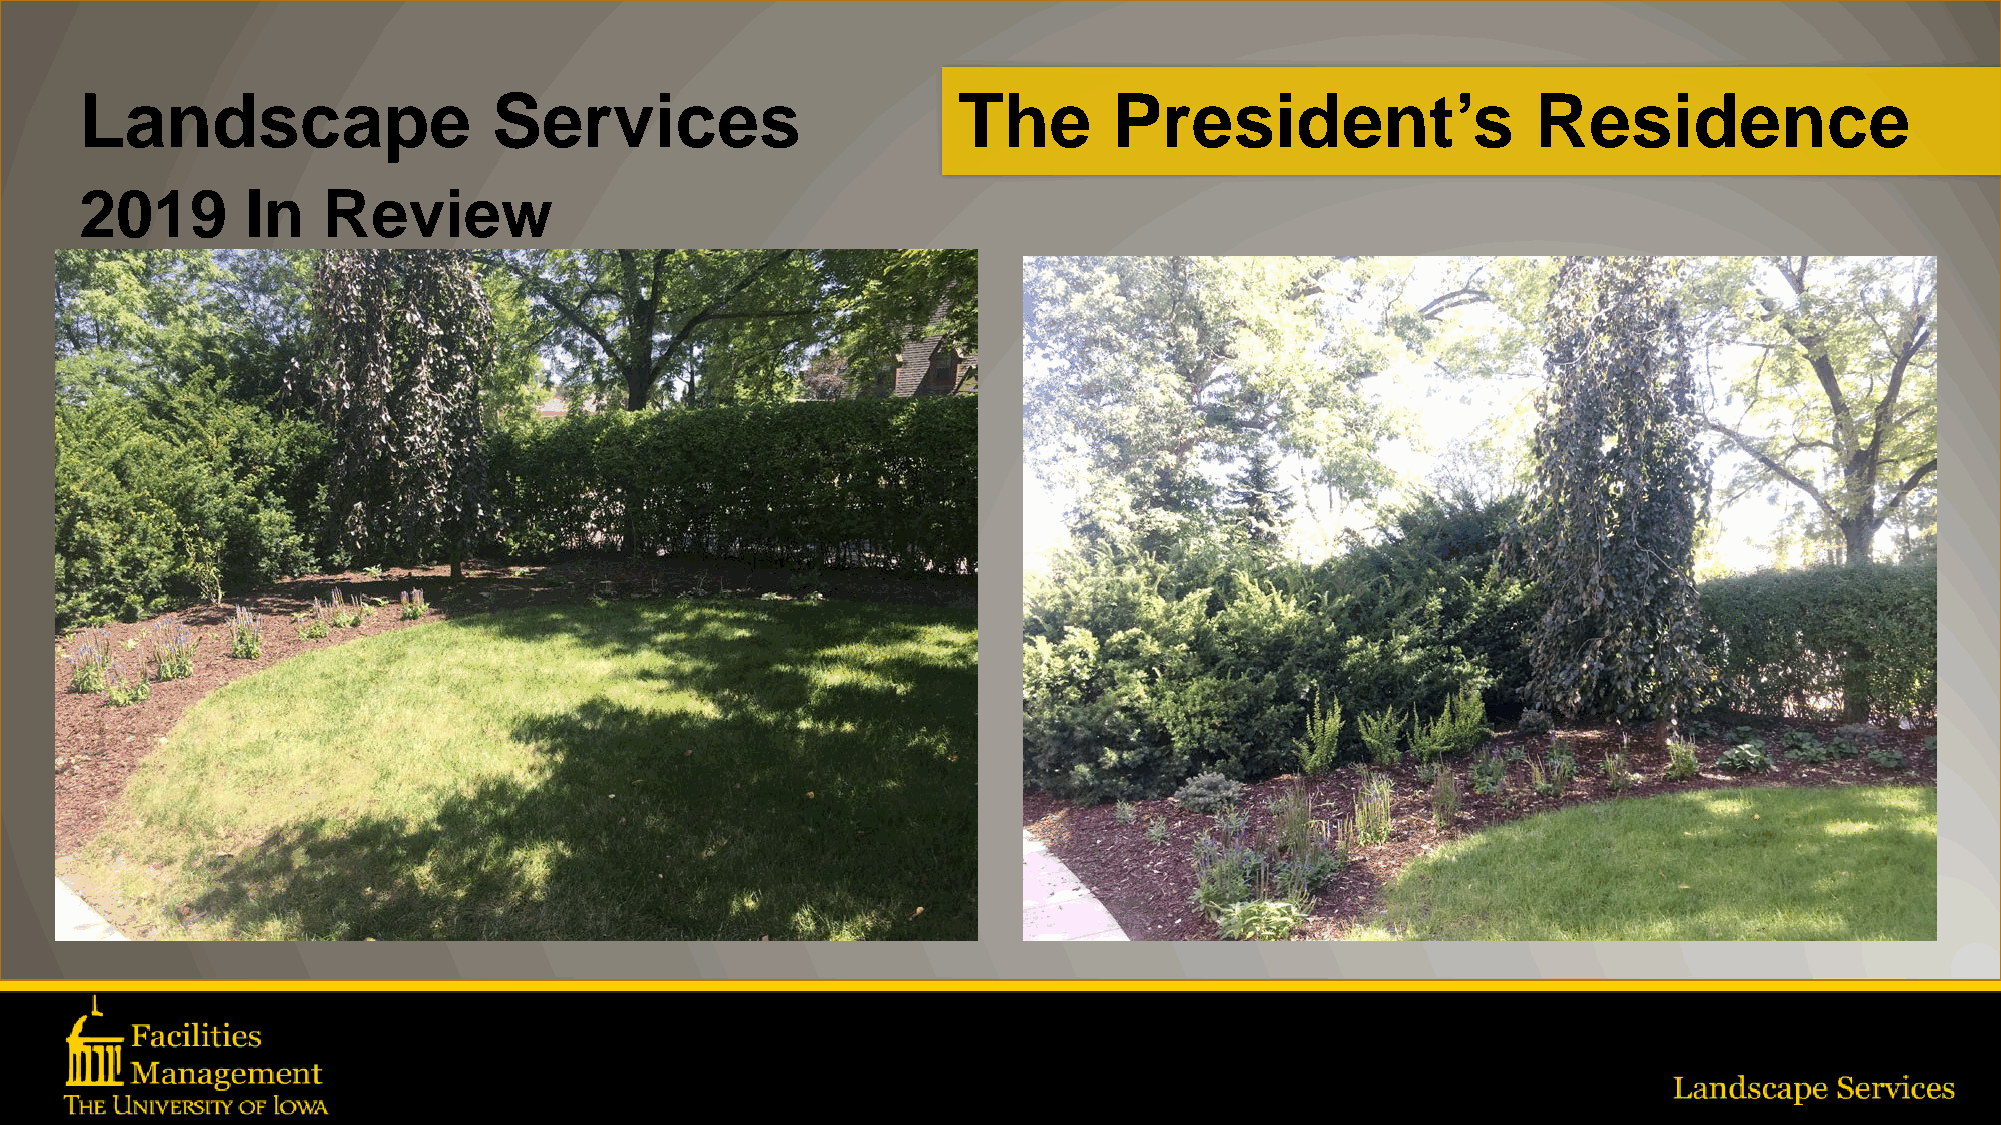
Landscape                   Services                      The        President’s                 Residence
 2019       In   Review